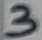
Text: 3